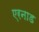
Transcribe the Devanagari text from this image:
एरनाड